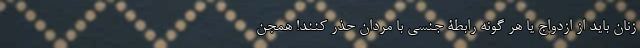
زنان باید از ازدواج یا هر گونه رابطۀ جنسی با مردان حذر کنند! همجن